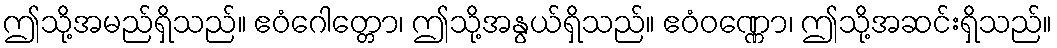
ဤသို့အမည်ရှိသည်။ ဧဝံဂေါတ္တော၊ ဤသို့အနွယ်ရှိသည်။ ဧဝံဝဏ္ဏော၊ ဤသို့အဆင်းရှိသည်။